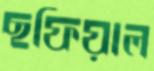
ছফিয়াল